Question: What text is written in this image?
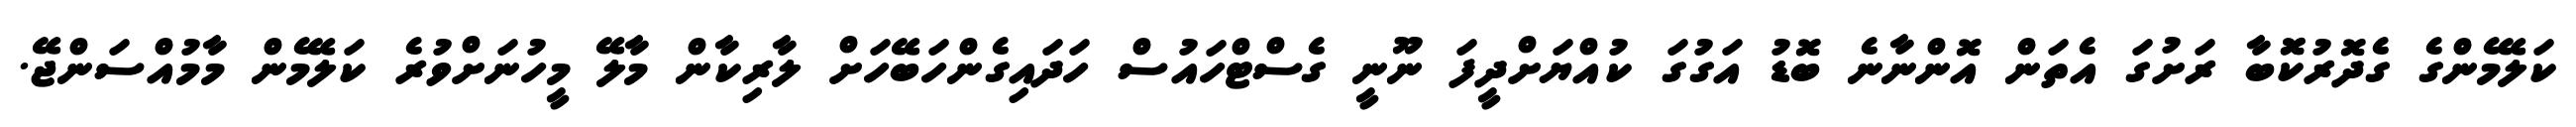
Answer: ކަލޭމެންގެ ގެދޮރުކޮޮބާ ރަށުގަ އެތަން އޮންނާނެ ބޮޑު އަގުގަ ކުއްޔަށްދީފަ ނޫނީ ގެސްޓްހައުސް ހަދައިގެންހަބޭހަށް ލާރިކާން މާލޭ މީހުނަށްވުރެ ކަލޭމެން މާމުއްސަންޖޭ.